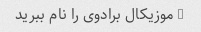
5 موزیکال برادوی را نام ببرید